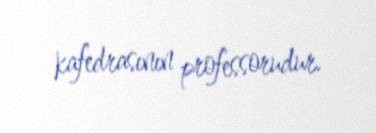
kafedrasının professorudur.